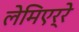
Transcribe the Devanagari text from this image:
लेमिएर्रे